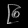
Digit: ၉